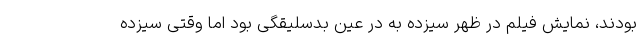
بودند، نمایش فیلم در ظهر سیزده به در عین بد‌سلیقگی بود اما وقتی سیزده